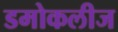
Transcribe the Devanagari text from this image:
डमोकलीज